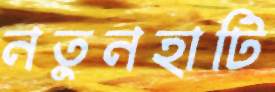
নতুনহাটি